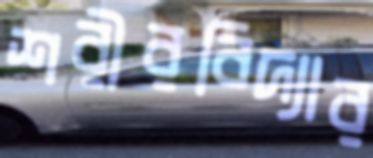
শরীরবিদ্যার